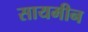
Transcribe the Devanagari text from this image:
सायमीन